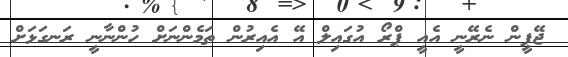
ޖޭޕީން ނެރޭނީ އެއީ ޕްރޯ އުގައިލް އޭ އެއިރުން ތަމެންނަށް ހުންނާނީ ރަނގަޅަށް